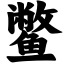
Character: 鳖